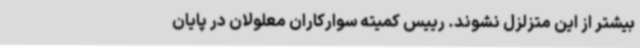
بیشتر از این متزلزل نشوند. رییس کمیته سوارکاران معلولان در پایان